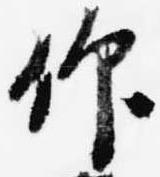
仰